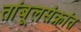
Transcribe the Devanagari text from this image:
तांबूलसंक्रांत